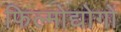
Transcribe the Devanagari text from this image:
फिल्मोद्योगों